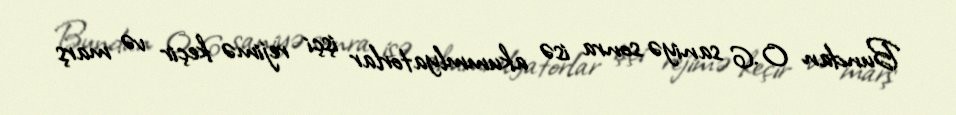
Bundan 0.6 saniyə sonra isə akummlyatorlar işçi rejimə keçir və marş